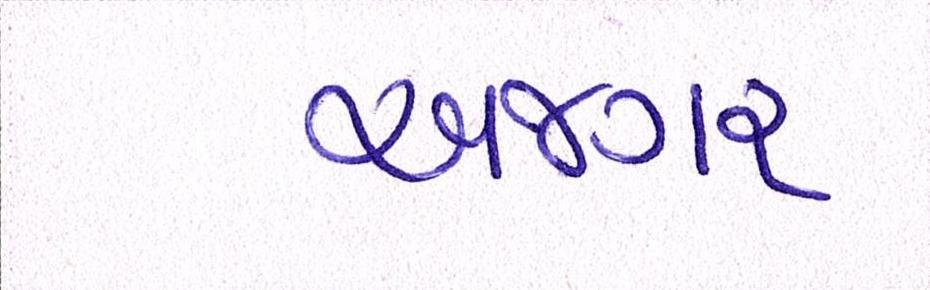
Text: અજગર